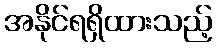
အနိုင်ရရှိထားသည့်